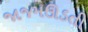
જાજમઊડતી